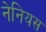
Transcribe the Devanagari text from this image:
नेनियस